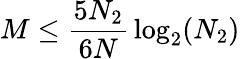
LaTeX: M\leq{\frac{5N_{2}}{6N}}\log_{2}(N_{2})